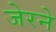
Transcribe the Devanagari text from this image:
जेरने